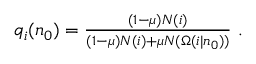
\begin{array} { r } { q _ { i } ( n _ { 0 } ) = \frac { ( 1 - \mu ) N ( i ) } { ( 1 - \mu ) N ( i ) + \mu N ( \Omega ( i | n _ { 0 } ) ) } \ . } \end{array}